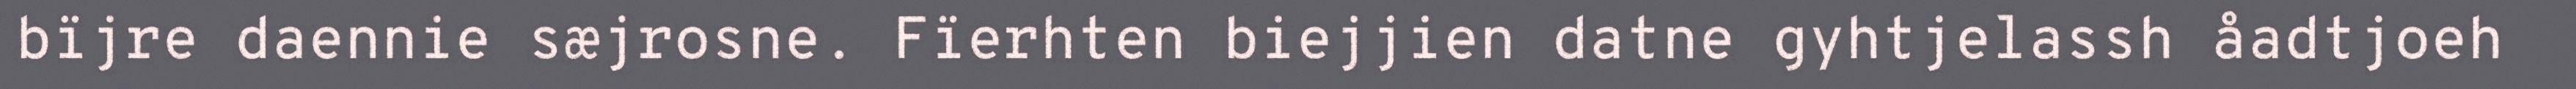
bïjre daennie sæjrosne. Fïerhten biejjien datne gyhtjelassh åadtjoeh